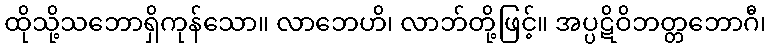
ထိုသို့သဘောရှိကုန်သော။ လာဘေဟိ၊ လာဘ်တို့ဖြင့်။ အပ္ပဋိဝိဘတ္တဘောဂီ၊